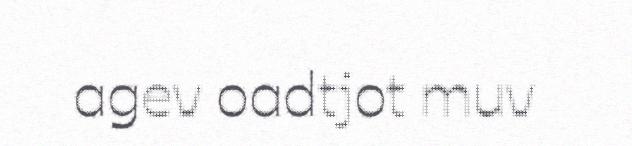
agev oadtjot muv